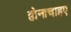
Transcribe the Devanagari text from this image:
होनाचाहए